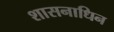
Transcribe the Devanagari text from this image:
शासनाधिन